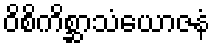
ဝိစိကိစ္ဆာသံယောဇနံ